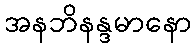
အနဘိနန္ဒမာနော